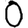
Digit: 0